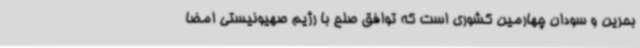
بحرین و سودان چهارمین کشوری است که توافق صلح با رژیم صهیونیستی امضا